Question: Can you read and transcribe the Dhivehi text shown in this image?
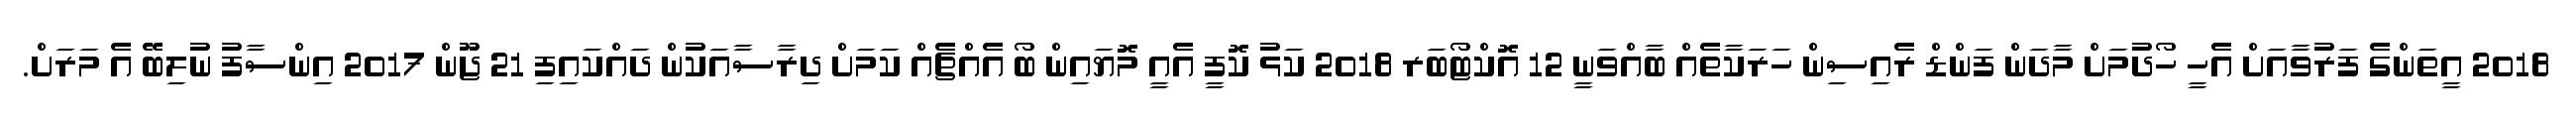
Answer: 2018 އީތަންގެ ފަރުވާއަށް އެހީ ހޯދުމަށް މާދަން ފަންޑް ރެއިސިން ހަރަކާތެއް ބާއްވަނީ 12 އޮކްޓޯބަރ 2018 ކަޅު ކޮފީ އެއީ މޮޔައިން ބޯ އެއްޗެއް ކަމަށް ދިރާސާއަކުން ދައްކައިފި 21 ޖޫން 2017 އިންސާފު ނުލިބޭ އެ މަރަށް.